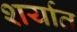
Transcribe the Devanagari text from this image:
शर्यात